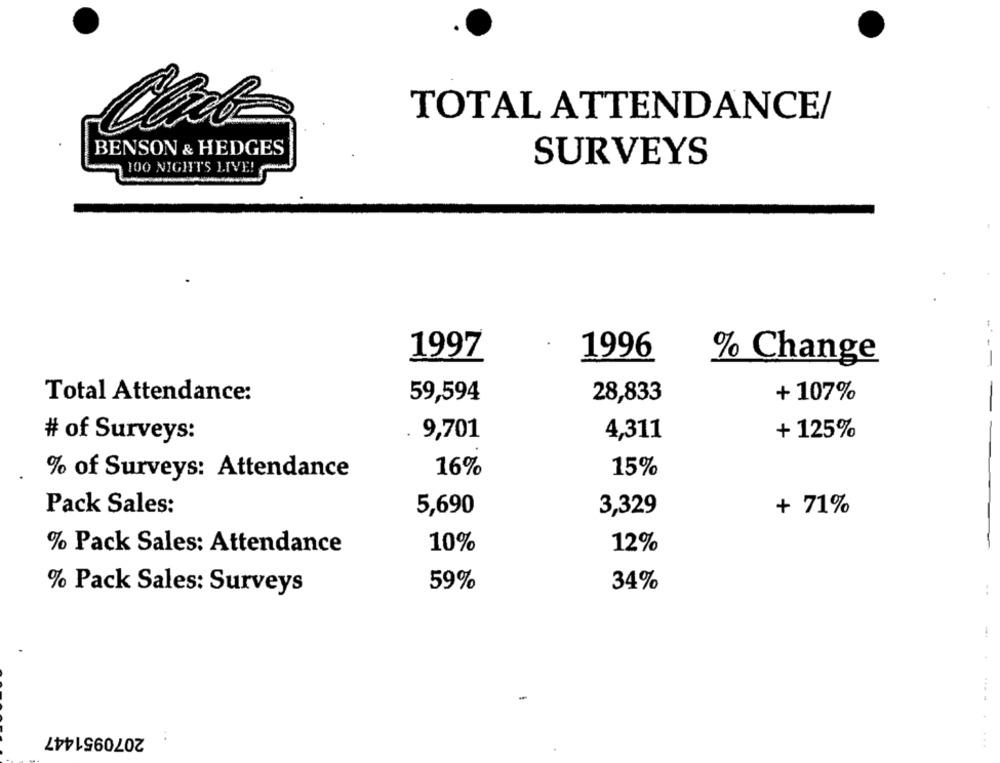
TOTAL ATTENDANCE/
BENSON & HEDGES
100 NIGHTS LIVE!
SURVEYS
1997
1996
% Change
---
Total Attendance:
59,594
28,833
+ 107%
4,311
+ 125%
# of Surveys:
9,701
16%
15%
% of Surveys: Attendance
Pack Sales:
5,690
3,329
+ 71%
% Pack Sales: Attendance
10%
12%
-
59%
34%
% Pack Sales: Surveys
2070951447